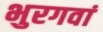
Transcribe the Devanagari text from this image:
भुरगवां